Vital statistics of India. Vol. VI, European troops 1870-79
Year: 1870
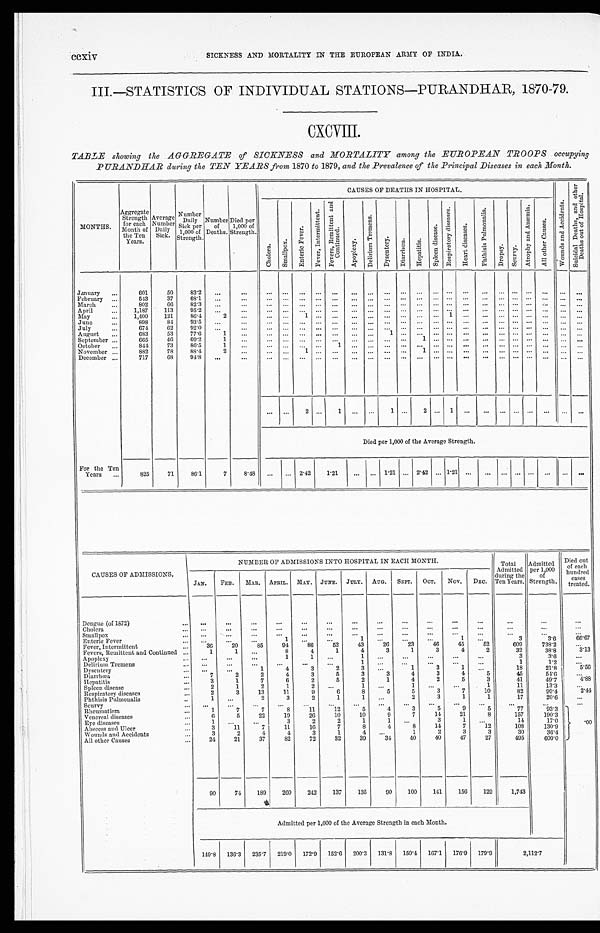
III.— STATISTICS OF INDIVIDUAL STATIONS—PURANDHAR, 1870-79.
CXCVIII.
TABLE showing the AGGREGATE of SICKNESS and MORTALITY among the EUROPEAN TROOPS occupying
PURANDHAR during the TEN YEARS from 1870
to1879,
and the Prevalence of the Principal Diseases in each Month.
MONTHS.
Aggregate
Strength
for each
Month of
the Ten
Years.
Average
Number
Daily
S i c k .
N u m b e r
Daily
Sick per
1 , 0 0 0 o f
Strength.
Number
of
Deaths.
Died per
1,000 of
Strength.
CAUSES OF DEATHS IN HOSPITAL.
W o u n d s a n d A c c i d e n t s .
S u i c i d a l D e a t h s , a n d o t h e r D e a t h s o u t o f H o s p i t a l .
C h o l e r a .
S m a l l p o x .
E n t e r i c F e v e r .
F e v e r ,
I n t e r m i t t e n t
F e v e r , R e m i t t e n t a n d C o n t i n u e d .
A p o p l e x y .
D e l i r i u m T r e m e n s .
D y s e n t e r y .
D i a r r h œ a .
H e p a t i t i s .
S p l e e n s i s e a s e s .
R e s p i r a t o r y d i s e a s e s .
H e a r t d i s e a s e s .
P h t h i s i s P u l m o n a l i s .
D r o p s y .
S c u r v y .
A t r o p h y a n d A n æ m i a .
A l l o t h e r C a u s e s .
January
601
50
83.2
...
...
... ...
... ...
...
...
...
...
...
...
... ... ...
...
...
... ... ...
...
...
February
543
37
68.1
...
...
...
...
...
...
...
...
...
...
...
. . . ... ...
. . .
. . .
...
... ...
. . .
...
. . .
March
802
66
82.3
...
...
... ...
. . . ...
...
...
...
. . .
...
. . . ... ...
. . .
. . . .
... ...
. . .
...
. . .
April
1,187
113
95.2
...
...
...
. . . ...
...
...
...
...
...
...
...
... ...
...
. . . .
. . . ... ...
...
...
. . . .
May
1,400
121
86.4
2
. . .
...
. . . 1
. . ....
...
...
...
...
...
. . .
1
. . .
. . .
. . .
. . .
...
...
June
898
84
93.5
...
. . .
...
...
...
. . . ...
...
...
. . .
...
...
... ...
...
...
...
...
...
...
...
...
July
674
62
02.0
...
. . .
...
...
...
...
...
...
...
...
...
...
... ...
...
...
...
... ...
...
....
. . .
August.
683
53
77.6
1
...
...
...
...
...
...
...
...
1
. . ....
... ... ...
September
665
46
69.2
1
...
...
...
. . .
. . . ...
...
...
. . .
. . .
1 ... ... ...
..
...
...
...
...
...
...
October
844
73
80.5
1 ...
... ...
...
. . .
1
...
....
....
. . . ...
... ...
. . .
...
...
...
...
...
...
November
882
78
88.4
2
. . .
...
. . . 1
. . .
. . .
. . .
. . .
. . .
. . .1
... ... ...
D ecem b e r
For the Ten
Years
...
717
68
94.8
...
. . .
. . .
. . .
. . . ...
. . .
. . .
. . .
. . .
. . .
. . . ... ...
....
. . .
...
... ...
. . .
...
...
...
...
2 ...
1
...
...
1
...
2 ...
1 ...
...
...
...
... ...
... ...
Died per 1,000 of the Average Strength.
825
71
86.1
7
8'48
...
...
2.42
1.21 . . .
...
1 . 2 1
. . .
2.42
...
1 . 2 1
. . .
. . .
. . .
. . .
. . ....
. . . ...
. . .
CAUSES OF ADMISSIONS.
NUMBER OF ADMISSIONS INTO HOSPITAL IN EACH MONTH.
Total
Admitted
during the
Ten Years.
Admitted
per 1,000
of
Strength.
Died out
of each
hundred
treated. cases
JAN.
FED.
MAR.
APRIL.. MAY.
JUNE.
JULY.
AUGUST.
SEPT.
OCT.
Nov.
DEC.
Dengue (of 1872)
...
. . .
. . .
. . .
. . .
...
. . .
...
. . .
. . .
. .
. . .
. . .
. . .
...
Cholera
...
...
...
..
...
...
. . .
. . .
. . .
. . .
.....
...
... ...
. . .
Smallpox
...
. . .
. . .
. . . ...
...
. . .
. . .
...
. . .
. . .
. . .
Enteric Fever
...
...
1
...
1
. . .
. . .
1
...
3
3.0
6 6 . 6 7
Fever, Intermittent
36
20
8 5
94
80
53
43
26
23
46
45
52
609
738.2
...
Fevers, Remittent and Continued
1
1
...
8
4
1
4
3
1
3
4
2
32
38.8
3.13
Apoplexy
...
...
...
1
1 ...
1
. . .
. . .
. . .
. . .
. . .
3
3.6
...
Delirium Tremens
...
...
...
. . .
. . .
1 ...
...
...
...
. . .
1
1.2
Dysentery
...
...
1
4
3
2
3
. . .
1
3
1
. . .
18
21.8
5.50
Diarriea
7
2
2
4
3
5
3
3
4
3
4
5
45
54.6
...
Hepatitis
3
1
7
6
2
5
2
1
4
2
5
3
41
49.'7
4.88
Spleen disease
2
1
2
1
2
. . .
1
..
1
...
...
1
11
13.3
. . .
Respiratory diseases
2
3
13
11
9
6
8
5
5
3
7
10
82
99.4
2.44
Plithisis Pulmonalis
1 ...
2
3
2
1
1
. . .
2
3
1
1
17
20.6
...
Scurvy
...
...
...
. . .
. . .
. . .
. . .
. . .
. . .
. . .
. . .
...
. . .
...
Rheumatism.
1
7
7
8
11
1 2
5
4
3
5
9
5
77
93.3
.
Venereal diseases
6
5
22
19
26
10
10
9
7
14
21
8
157
190.3
Eye diseases
1
...
...
3
2
2
1
1 ...
3
1
. . .
14
17.0
•00
Abscess and Ulcer
3
11
7
11
16
7
8
4
8
14
7
12
108
130.9 I
Wounds and Accidents
3
2
4
4
3
1
4
...
1
2
3
3
30
36.4
All other Causes
2 4
21
37
82
72
32
39
34
40
40
47
27
495
600.0
90
74
189
260
242
137
135
90
100
141
156
129
1,743
Admitted per 1,000 of the Average Strength in each Month.
149.8
136.3
235.'7
219.0
172.9
152.6
200.3
131.8
150.4
167.1
176.9
179.9
2,112.7